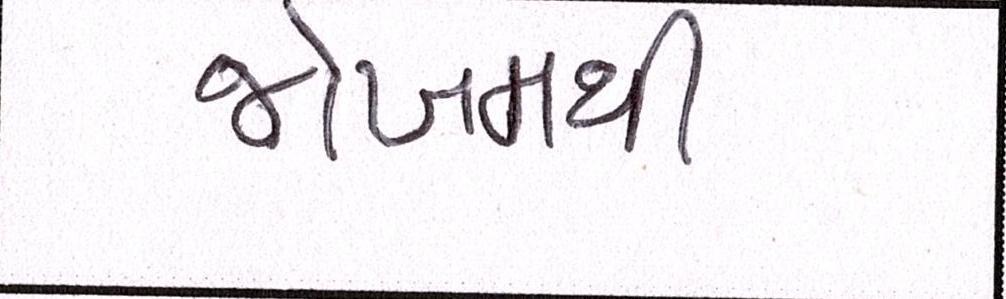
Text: જોખમથી